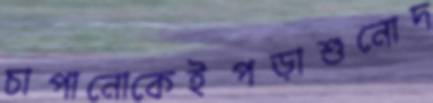
চাপানোকেইপড়াশুনোদ